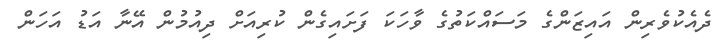
ދެއެކުވެރިން އައިޒަންގެ މަސައްކަތުގެ ވާހަކަ ފަށައިގެން ކުރިއަށް ދިއުމުން އޭނާ އަޑު އަހަން